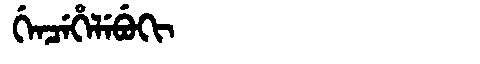
Manchu: ᡤᡝᠨᠴᡝᡥᡝᠯᡝᠪᡠᡴᡳ
Romanization: GENCEHELEBUKI